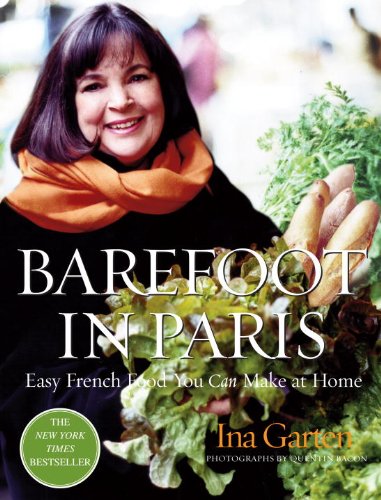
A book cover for Barefoot in Paris: Easy French Food You Can Make at Home; Ina Garten; Cookbooks, Food & Wine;